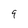
Character: 9